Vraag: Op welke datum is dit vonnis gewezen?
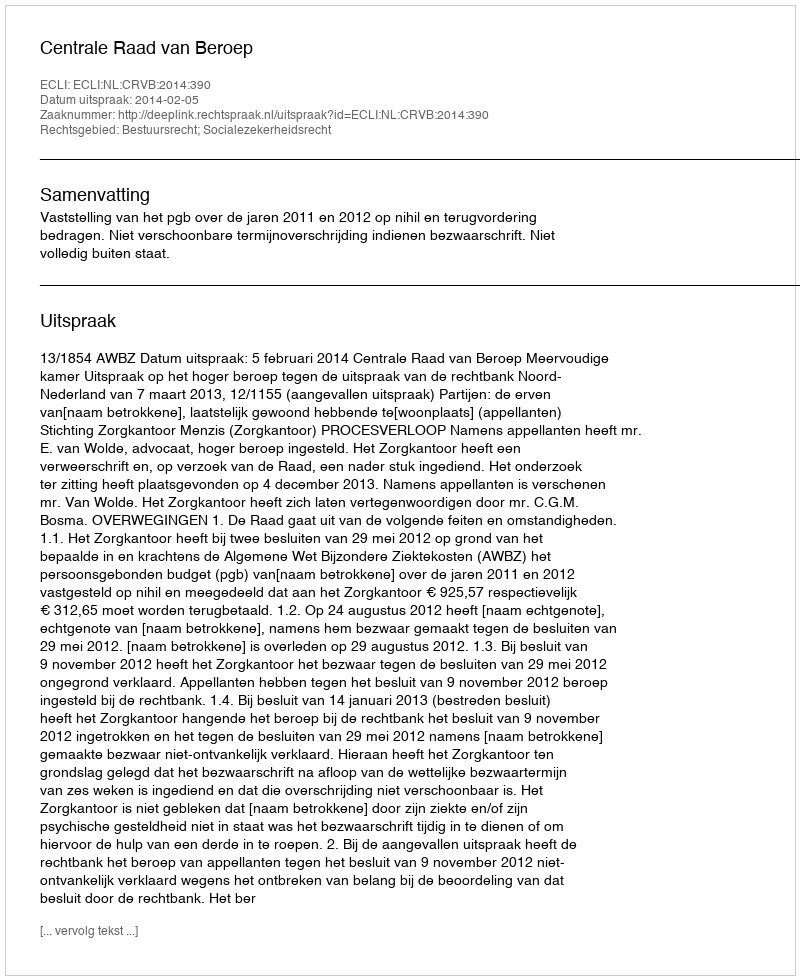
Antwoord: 2014-02-05